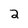
Character: 2